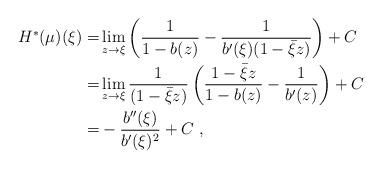
LaTeX: \begin{align*} H^*(\mu)(\xi)=&\lim_{z \to \xi} \left( \frac{1}{1-b(z)}-\frac{1}{b'(\xi)(1-\bar{\xi}z)}\right)+C\\ =&\lim_{z \to \xi} \frac{1}{(1-\bar{\xi}z)}\left( \frac{1-\bar{\xi}z}{1-b(z)}-\frac{1}{b'(z)}\right)+C\\ =& -\frac{b''(\xi)}{b'(\xi)^2}+C\ ,\end{align*}